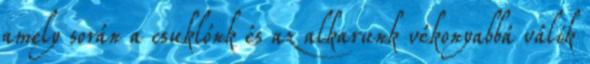
amely során a csuklónk és az alkarunk vékonyabbá válik